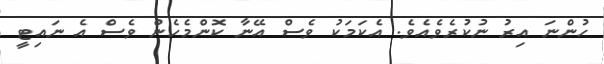
ހުންނަ އިރު ނުކުރެވެއެވެ. އެކަމަކު ވެސް އޭނާ ކޮންމެހެން ވެސް އެ ނައިޓީ